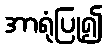
အာရုံပြု၍